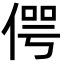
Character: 偔